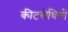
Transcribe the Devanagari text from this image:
कीटरोधियों